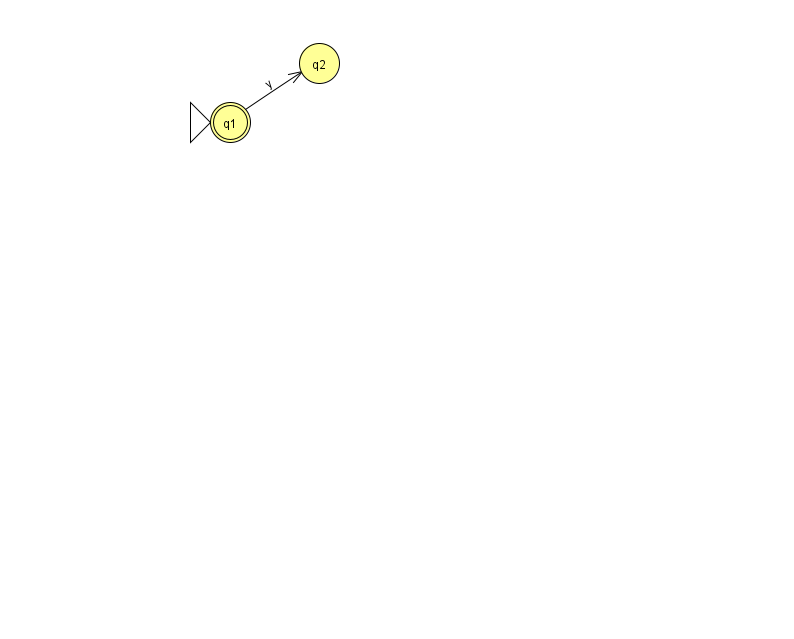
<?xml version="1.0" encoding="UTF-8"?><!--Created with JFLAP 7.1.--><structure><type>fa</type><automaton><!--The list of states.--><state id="1" name="q1"><x>230.0</x><y>109.0</y><initial/><final/></state><state id="2" name="q2"><x>319.0</x><y>50.0</y></state><!--The list of transitions.--><transition><from>1</from><to>2</to><read>y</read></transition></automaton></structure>